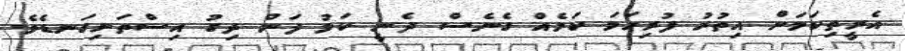
އެރީތިކަމަށް އިތުރު ފުރިހަމަ ކަމެއް ގެނެސް ދެނީ ކަޅު ފަން ދިގު އިސްތަށިގަނޑެވެ.